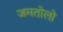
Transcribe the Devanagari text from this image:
जमतोलो